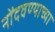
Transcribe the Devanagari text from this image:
नोंदवण्याच्या